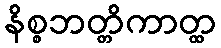
နိစ္စဘတ္တိကာတ္ထ